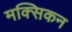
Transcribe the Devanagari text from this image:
मक्सिकन